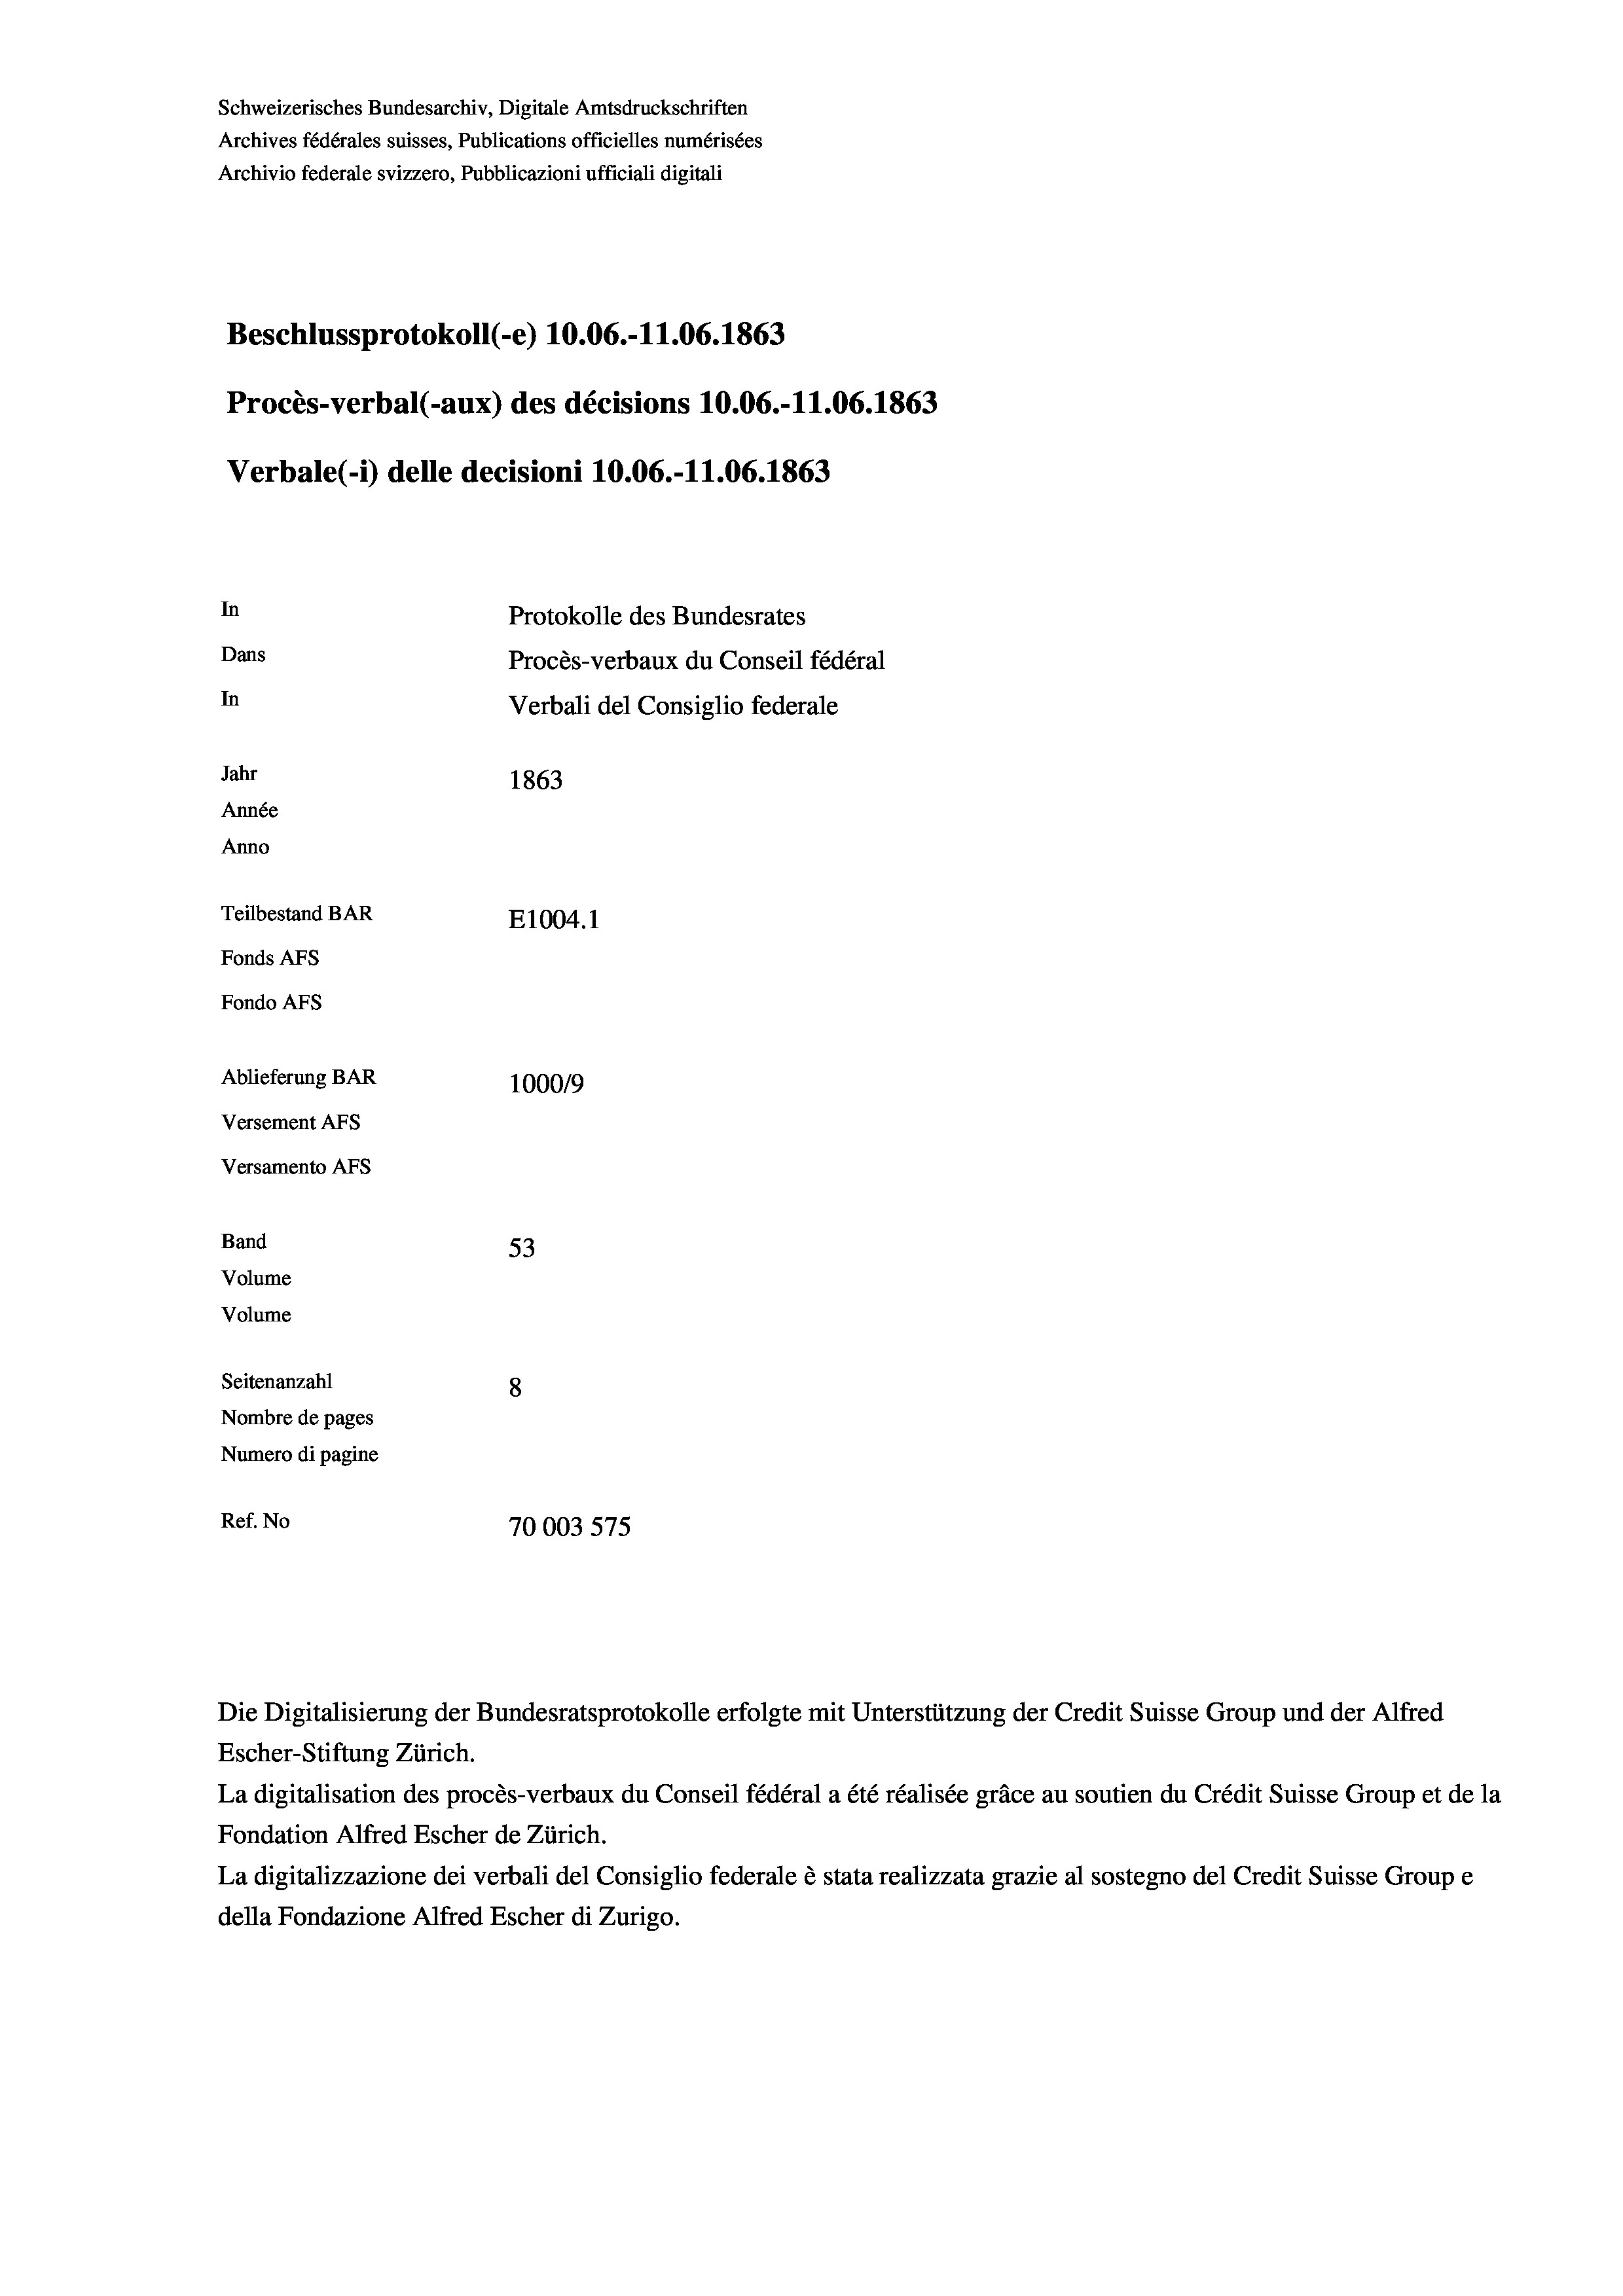
Schweizerisches Bundesarchiv, Digitale Amtsdruckschriften
Archives fédérales suisses, Publications officielles numérisées
Archivio federale svizzero, Pubblicazioni ufficiali digitali
Beschlussprotokoll (-e) 10.06.-11.06. 1863
Procès-verbal (-aux) des décisions 10.06.-11.06. 1863
Verbale (- 1) delle decisioni 10.06.-11.06. 1863
In
Protokolle des Bundesrates
Dans
Procès-verbaux du Conseil fédéral
In
Verbali del Consiglio federale
Jahr
1863
Année
Anno
Teilbestand BAR
E1004. 1
Fonds AFs
Fondo AFS
Ablieferung BAR
100019
Versement AFs
Versamento AFs

Band
Volume
Volume

Escher-Stiftung Zürich.
La digitalisation des procès-verbaux du Conseil fédéral a été réalisée gräce au soutien du Crédit Suisse Group et de la
Fondation Alfred Escher de Zürich.
La digitalizzazione dei verbali del Consiglio federale è stata realizzata grazie al sostegno del Credit Suisse Groupe
della Fondazione Alfred Escher di Zurigo.

53
Seitenanzahl
8
Nombre de pages
Numero di pagine
Ref. No
70003575

Die Digitalisierung der Bundesratsprotokolle erfolgte mit Unterstützung der Credit Suisse Group und der Alfred